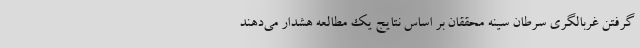
گرفتن غربالگری سرطان سینه محققان بر اساس نتایج یک مطالعه هشدار می‌دهند